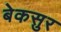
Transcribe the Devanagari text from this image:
बेकसुर